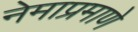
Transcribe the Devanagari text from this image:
नेमाप्रमाणे